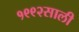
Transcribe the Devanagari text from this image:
१९९२साली